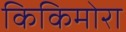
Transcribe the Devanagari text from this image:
किकिमोरा